Report of an investigation into the causes of the diseases known in Assam as Kála-Azár and Beri-Beri
Disease focus: Beri-Beri
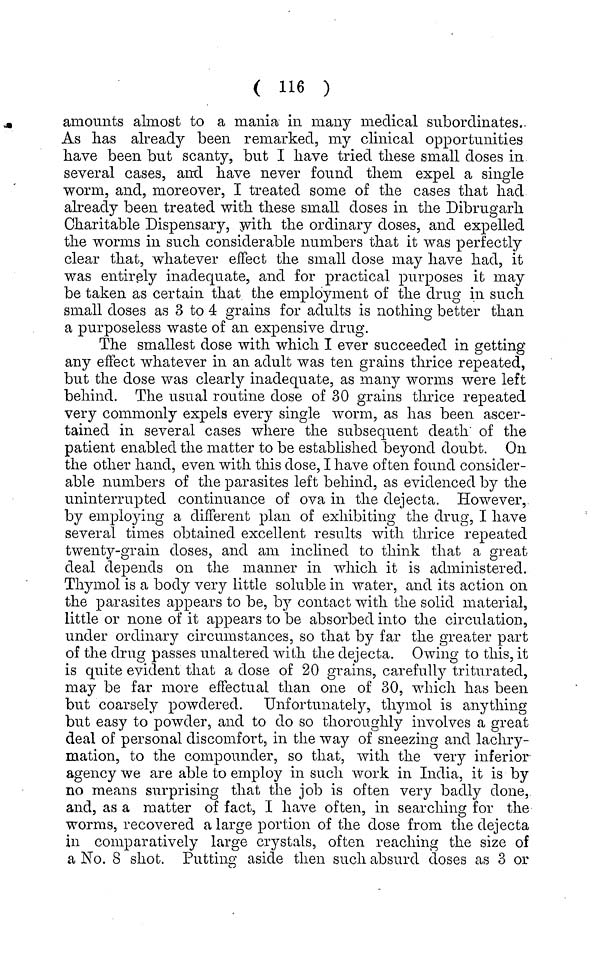
( 116 )
amounts almost to a mania in many medical subordinates.
As has already been remarked, my clinical opportunities
have been but scanty, but I have tried these small doses in
several cases, and have never found them expel a single
worm, and, moreover, I treated some of the cases that had
already been treated with these small doses in the Dibrugarh
Charitable Dispensary, with the ordinary doses, and expelled
the worms in such considerable numbers that it was perfectly
clear that, whatever effect the small dose may have had, it
was entirely inadequate, and for practical purposes it may
be taken as certain that the employment of the drug in such
small doses as 3 to 4 grains for adults is nothing better than
a purposeless waste of an expensive drug.
The smallest dose with which I ever succeeded in getting
any effect whatever in an adult was ten grains thrice repeated,
but the dose was clearly inadequate, as many worms were left
behind. The usual routine dose of 30 grains thrice repeated
very commonly expels every single worm, as has been ascer-
tained in several cases where the subsequent death of the
patient enabled the matter to be established beyond doubt. On
the other hand, even with this dose, I have often found consider-
able numbers of the parasites left behind, as evidenced by the
uninterrupted continuance of ova in the dejecta. However,
by employing a different plan of exhibiting the drug, I have
several times obtained excellent results with thrice repeated
twenty-grain doses, and am inclined to think that a great
deal depends on the manner in which it is administered.
Thymol is a body very little soluble in water, and its action on
the parasites appears to be, by contact with the solid material,
little or none of it appears to be absorbed into the circulation,
under ordinary circumstances, so that by far the greater part
of the drug passes unaltered with the dejecta. Owing to this, it
is quite evident that a dose of 20 grains, carefully triturated,
may be far more effectual than one of 30, which has been
but coarsely powdered. Unfortunately, thymol is anything
but easy to powder, and to do so thoroughly involves a great
deal of personal discomfort, in the way of sneezing and lachry-
mation, to the compounder, so that, with the very inferior-
agency we are able to employ in such work in India, it is by
no means surprising that the job is often very badly done,
and, as a matter of fact, I have often, in searching for the
worms, recovered a large portion of the dose from the dejecta
in comparatively large crystals, often reaching the size of
a No. 8 shot. Putting aside then such absurd doses as 3 or